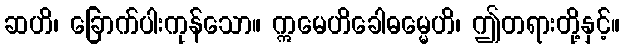
ဆဟိ၊ ခြောက်ပါးကုန်သော။ ဣမေဟိခေါဓမ္မေဟိ၊ ဤတရားတို့နှင့်။